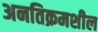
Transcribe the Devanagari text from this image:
अनतिक्रमशील